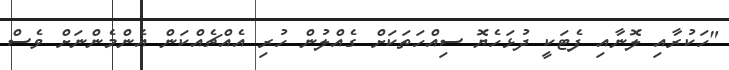
"ހަކުރާއި ލޮނާއި ފެޓަކީ ދުޅަހެޔޮ ސިއްހަތަކަށް ގެއްލުން ހުރި އެއްޗެއްކަން އެންމެންނަށް ވެސް